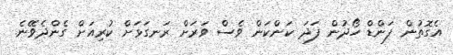
އެގޮތުން ފަންޑް ހޯދުން ފަދަ ކަންކަން ވެސް ވަރަށް ރަނގަޅަށް ކުރިއަށް ގެންދެވޭނެ.